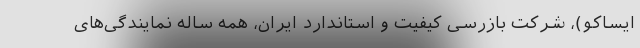
ایساکو)، شرکت بازرسی کیفیت و استاندارد ایران، همه ساله نمایندگی‌های